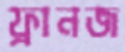
ফ্রানজ